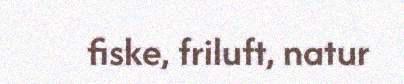
fiske, friluft, natur